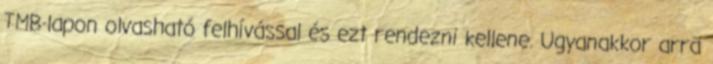
TMB-lapon olvasható felhívással és ezt rendezni kellene. Ugyanakkor arra